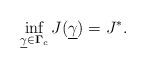
LaTeX: \begin{align*}\inf_{\underline{\gamma} \in {\bf \Gamma}_c} J(\underline{\gamma}) = J^*. \end{align*}